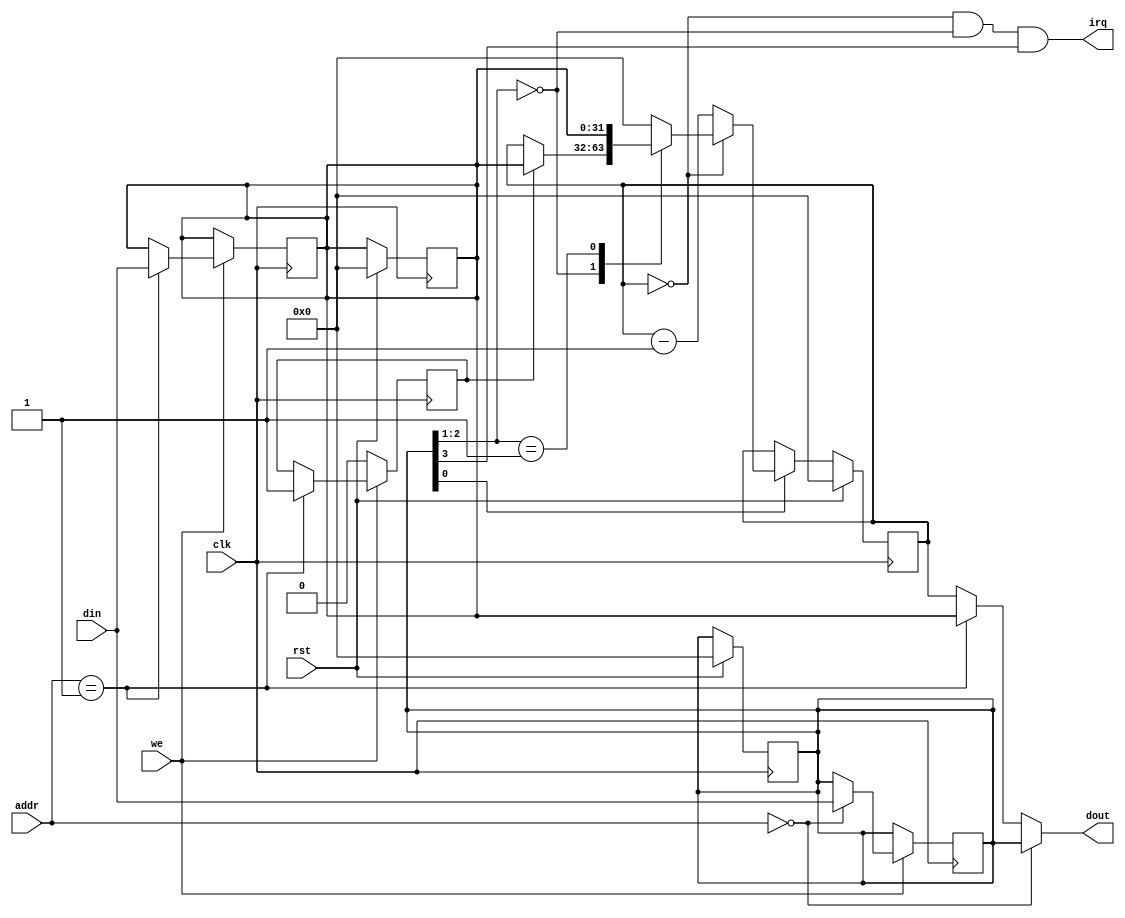
module timer(clk,rst,addr,we,din,dout,irq);
  input                clk,rst,we;
  input     [31:0]     din;
  input     [3:2]      addr;
  output    [31:0]     dout;
  output               irq;
  
  reg       [31:0]     ctrl,preset,count;
  reg                  count_en;
  
  wire                 im,enable;
  wire      [2:1]      mode;
  
  assign     im        = ctrl[3:3];
  assign     enable    = ctrl[0:0];
  assign     mode      = ctrl[2:1];
  
  assign     irq       = (count == 0)&&(mode == 0)&&(im == 1) ;
  assign     dout      = (addr == 2'b00)?        ctrl:
                         (addr == 2'b01)?        preset:
                         (addr == 2'b10)?        count:count;
  
  always @ (posedge clk)
    if (rst) begin ctrl <= 0;preset <= 0;count <= 0; end
    else 
      if (enable) 
        if (count == 0)
          case (mode)
            2'b00       :  if (count_en) count <= preset;
            2'b01       :  count <= preset;
            default     :  count <= 0;
          endcase
        else count <= count -1;

  always @ (posedge clk)
        if (we) 
          case (addr)
            2'b00   :   ctrl <= din;
            2'b01   :   begin count_en <= 1;preset <= din;end
            default :   ctrl <= ctrl;
          endcase
        else count_en <=0;
  
endmodule